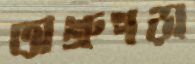
অশ্রুগড়া